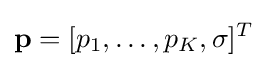
{\bf {p}}=[p_{1},\ldots ,p_{K},\sigma ]^{T}